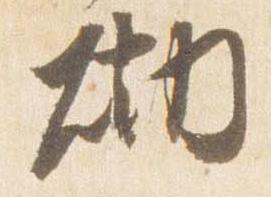
砌